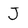
Character: J